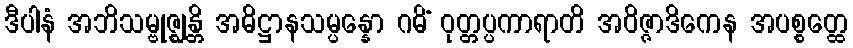
ဒီပါနံ အဘိသမ္ဗုဇ္ဈန္တိ အဓိဋ္ဌာနသမ္ပန္နော ဂမိံ ဝုတ္တပ္ပကာရာတိ အဝိဇ္ဇာဒိကေန အပစ္စတ္ထေ